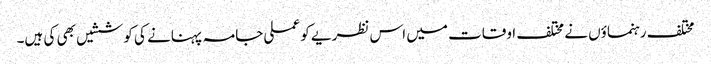
مختلف رہنماؤں نے مختلف اوقات میں اس نظریے کو عملی جامہ پہنانے کی کوششیں بھی کی ہیں۔